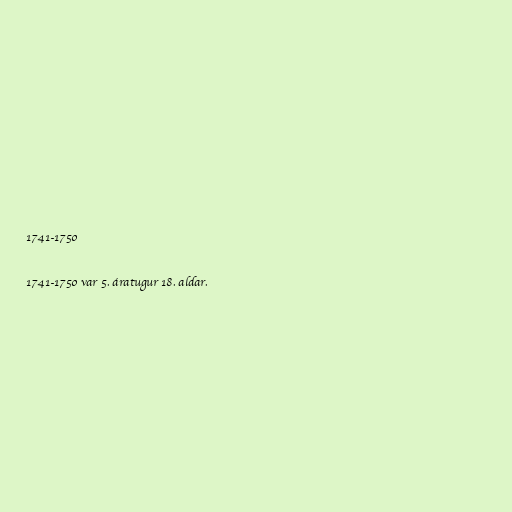
1741-1750

1741-1750 var 5. áratugur 18. aldar.